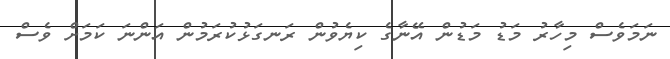
ނަމަވެސް މިހާރު މަޑު މަޑުން އޭނާގެ ކިޔެވުން ރަނގަޅުކުރަމުން އަންނަ ކަމަށް ވެސް